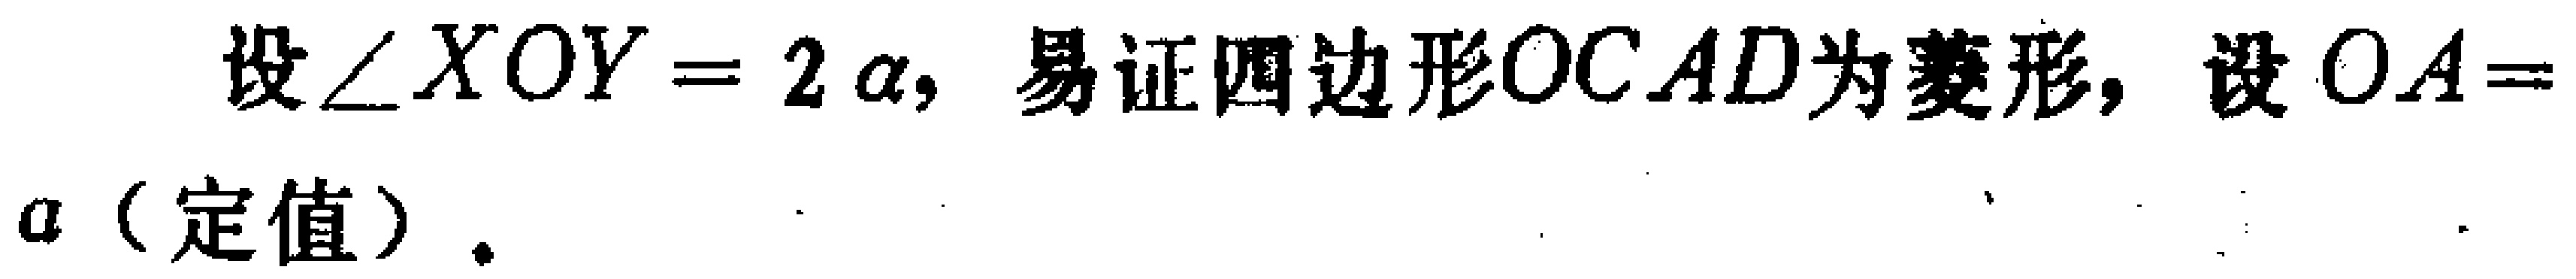
设\(\angle XOY = 2\alpha\)，易证四边形\(OCAD\)为菱形，设\(OA = a\)（定值）.